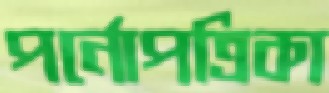
পর্নোপত্রিকা